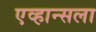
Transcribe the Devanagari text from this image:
एव्हान्सला